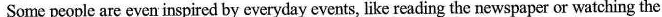
Some people are even inspired by everyday events,like reading the newspaper or watching the.